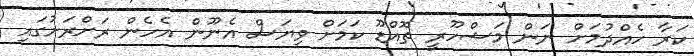
ކަރާ ހެއްދުމަށް ނަން މަޝްހޫރީ ތޮއްޑޫ ކަމަށް ވިޔަސް އެނޫން އެހެން ރަށްރަށުގައި